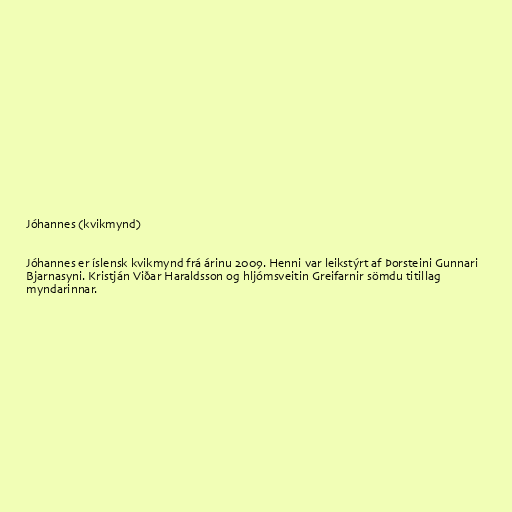
Jóhannes (kvikmynd)

Jóhannes er íslensk kvikmynd frá árinu 2009. Henni var leikstýrt af Þorsteini Gunnari
Bjarnasyni. Kristján Viðar Haraldsson og hljómsveitin Greifarnir sömdu titillag
myndarinnar.